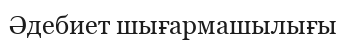
Әдебиет шығармашылығы